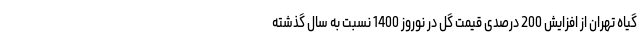
گیاه تهران از افزایش 200 درصدی قیمت گل در نوروز 1400 نسبت به سال گذشته